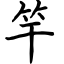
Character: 竿